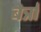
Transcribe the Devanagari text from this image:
बेर्त्रां